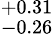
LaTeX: ^{+0.31}_{-0.26}